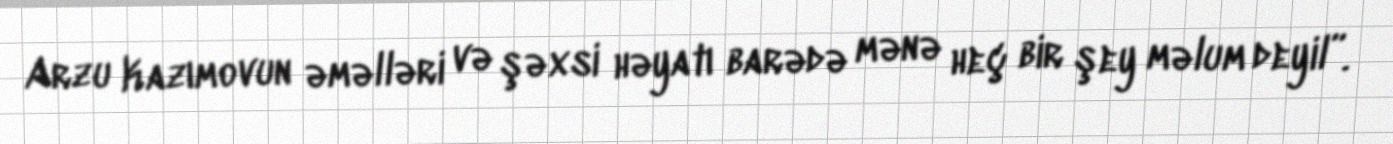
Arzu Kazımovun əməlləri və şəxsi həyatı barədə mənə heç bir şey məlum deyil”.